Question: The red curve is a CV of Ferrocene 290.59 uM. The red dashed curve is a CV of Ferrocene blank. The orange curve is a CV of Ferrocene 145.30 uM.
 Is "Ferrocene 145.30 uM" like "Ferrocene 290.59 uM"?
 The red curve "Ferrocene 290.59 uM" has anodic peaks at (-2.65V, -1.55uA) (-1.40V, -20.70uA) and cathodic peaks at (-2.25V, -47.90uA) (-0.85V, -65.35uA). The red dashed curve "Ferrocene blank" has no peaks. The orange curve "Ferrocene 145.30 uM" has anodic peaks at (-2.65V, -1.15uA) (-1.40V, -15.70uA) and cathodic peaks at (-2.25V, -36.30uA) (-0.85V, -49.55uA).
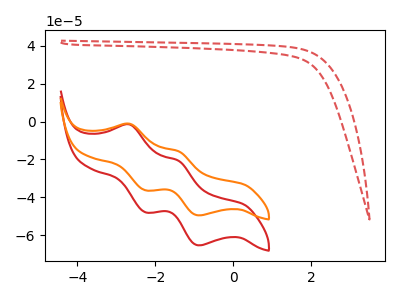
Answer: <think>All the peaks in "Ferrocene 145.30 uM" have a peak in "Ferrocene 290.59 uM" at the same potential.
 </think>
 <answer>"Ferrocene 145.30 uM" and "Ferrocene 290.59 uM" are similar in shape.</answer>
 <eval>same_shape</eval>